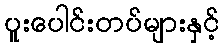
ပူးပေါင်းတပ်များနှင့်